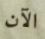
الآن